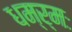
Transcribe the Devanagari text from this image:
धम्र्मः